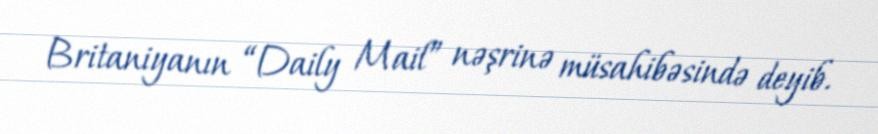
Britaniyanın “Daily Mail” nəşrinə müsahibəsində deyib.